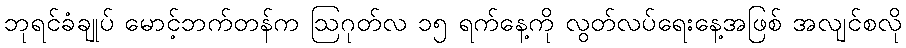
ဘုရင်ခံချုပ် မောင့်ဘက်တန်က ဩဂုတ်လ ၁၅ ရက်နေ့ကို လွတ်လပ်ရေးနေ့အဖြစ် အလျင်စလို